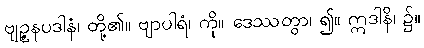
ဗျဉ္ဇနပဒါနံ၊ တို့၏။ ဗျာပါရံ၊ ကို။ ဒေဿတွာ၊ ၍။ ဣဒါနိ၊ ၌။